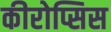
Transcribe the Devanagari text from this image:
कीरोप्सिस